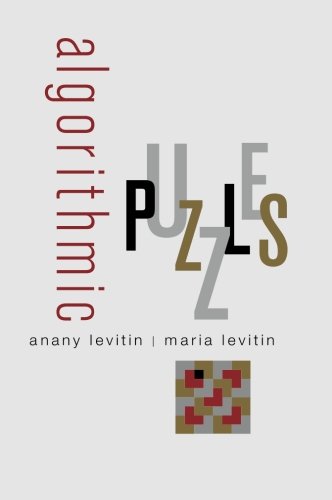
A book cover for Algorithmic Puzzles; Anany Levitin; Humor & Entertainment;